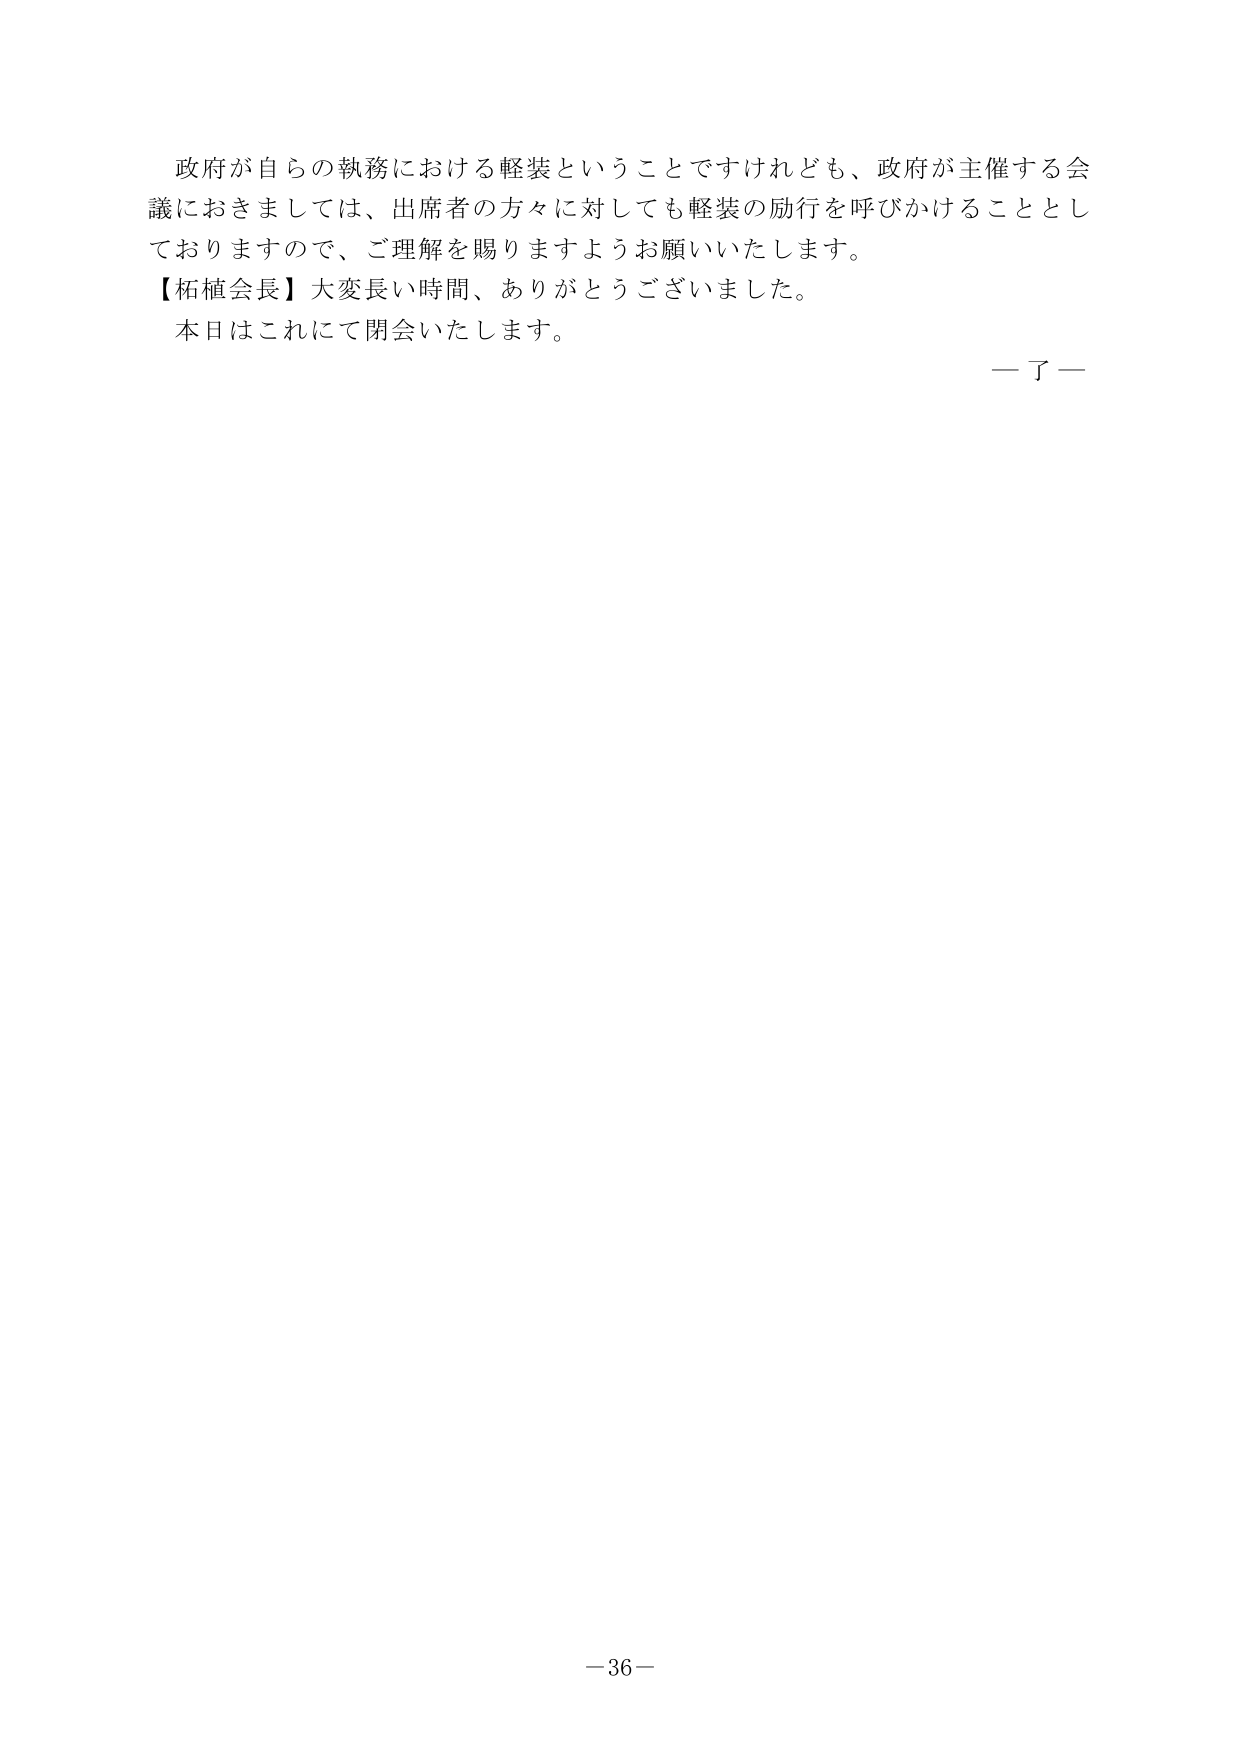
政府が自らの執務における軽装ということですけれども、政府が主催する会議におきましては、出席者の方々に対しても軽装の励行を呼びかけることとしておりますので、ご理解を賜りますようお願いいたします。

【柘植会長】大変長い時間、ありがとうございました。
本日はこれにて閉会いたします。

—了—

－36－